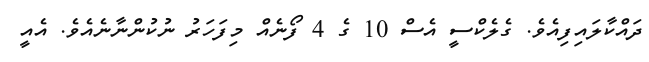
ދައްކާލައިފިއެވެ. ގެލެކްސީ އެސް 10 ގެ 4 ފޯނެއް މިފަހަރު ނުކުންނާނެއެވެ. އެއީ